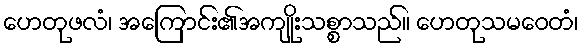
ဟေတုဖလံ၊ အကြောင်း၏အကျိုးသစ္စာသည်။ ဟေတုသမဝေတံ၊